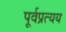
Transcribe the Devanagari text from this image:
पूर्वप्रत्यय